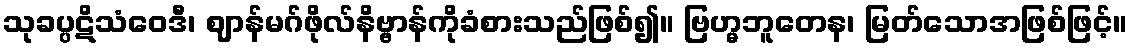
သုခပ္ပဋိသံဝေဒီ၊ ဈာန်မဂ်ဖိုလ်နိဗ္ဗာန်ကိုခံစားသည်ဖြစ်၍။ ဗြဟ္မဘူတေန၊ မြတ်သောအဖြစ်ဖြင့်။